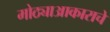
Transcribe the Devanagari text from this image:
मोठ्याआकाराचे